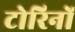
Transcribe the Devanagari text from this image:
टोरिनों